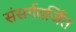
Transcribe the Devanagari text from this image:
संसर्गवर्जित